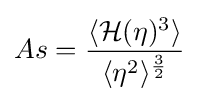
As={\frac {\langle {\mathcal {H}}(\eta )^{3}\rangle }{\langle \eta ^{2}\rangle ^{\frac {3}{2}}}}